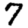
Digit: 7